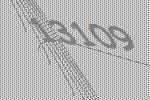
13109